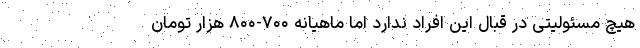
هیچ مسئولیتی در قبال این افراد ندارد اما ماهیانه ۷۰۰-۸۰۰ هزار تومان